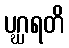
ပဂ္ဃရတိ